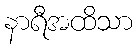
နာရီအထိသာ